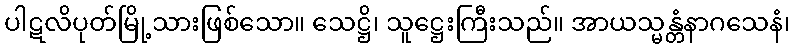
ပါဋလိပုတ်မြို့သားဖြစ်သော။ သေဋ္ဌိ၊ သူဋ္ဌေးကြီးသည်။ အာယသ္မန္တံနာဂသေနံ၊